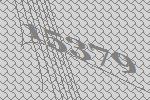
15379